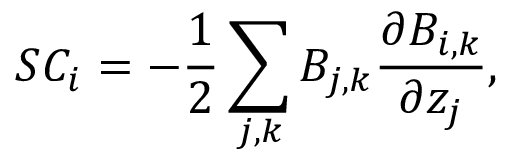
S C _ { i } = - \frac { 1 } { 2 } \sum _ { j , k } B _ { j , k } \frac { \partial B _ { i , k } } { \partial z _ { j } } ,